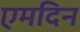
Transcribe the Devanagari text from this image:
एमदिन